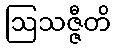
ဩသဇ္ဇီတိ